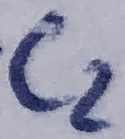
Text: C2